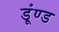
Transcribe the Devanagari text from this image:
डूंण्ड